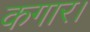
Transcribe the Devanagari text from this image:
कगार।